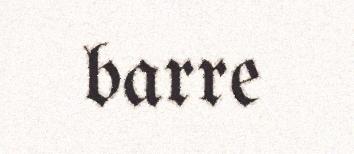
barre